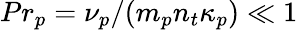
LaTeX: {Pr_{p}}=\nu_{p}/(m_{p}n_{t}\kappa_{p})\ll 1